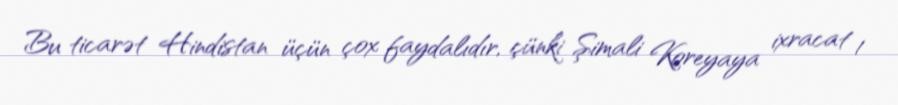
Bu ticarət Hindistan üçün çox faydalıdır, çünki Şimali Koreyaya ixracat 1